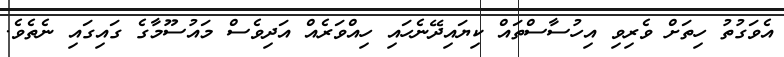
އެވަގުތު ހިތަށް ވެރިވި އިހުސާސްތައް ކިޔައިދޭނެހައި ހިއްވަރެއް އަދިވެސް މައުސޫމާގެ ގައިގައި ނެތެވެ.